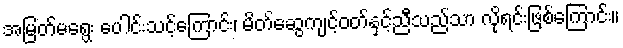
အမြတ်မရွေး ပေါင်းသင့်ကြောင်း၊ မိတ်ဆွေကျင့်ဝတ်နှင့်ညီသည်သာ လိုရင်းဖြစ်ကြောင်း။